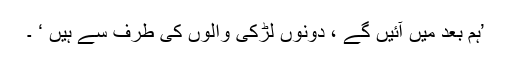
’ہم بعد میں آئیں گے ، دونوں لڑکی والوں کی طرف سے ہیں ‘ ۔